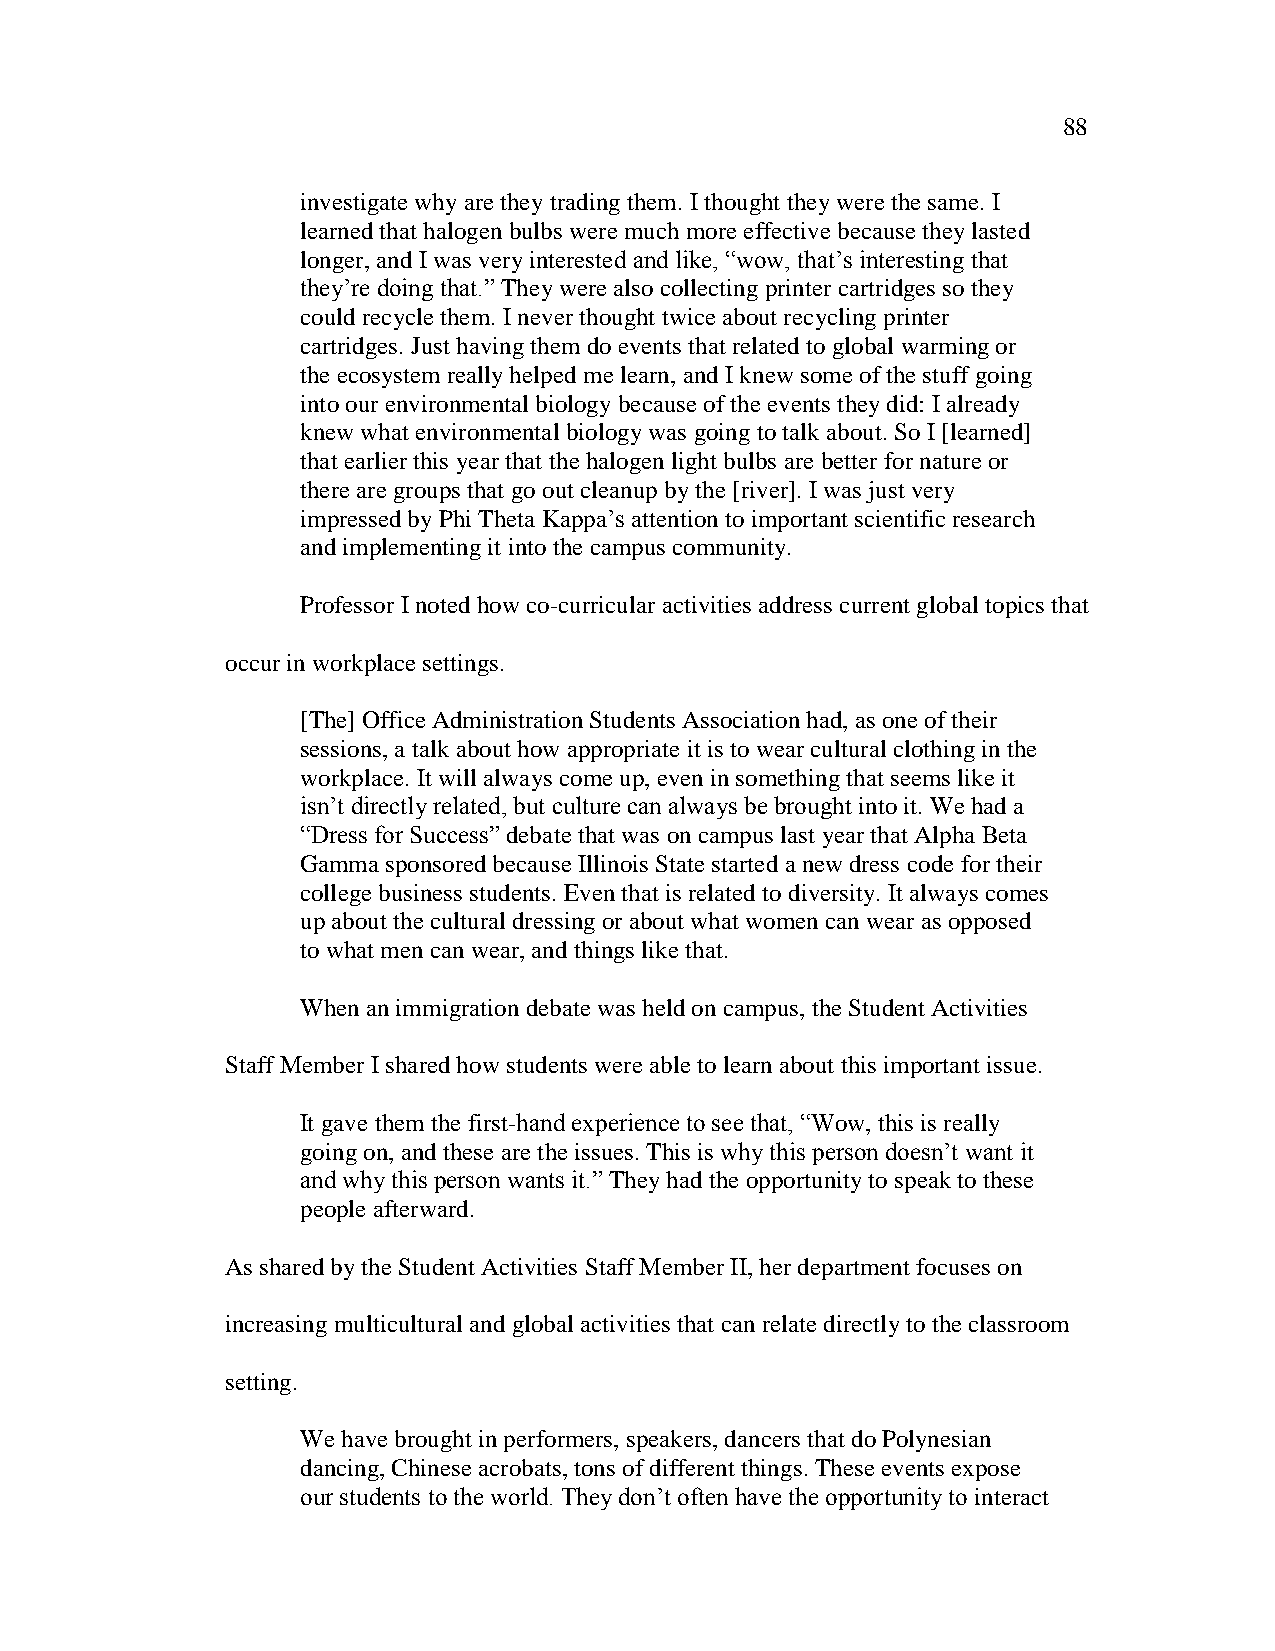
88
 investigate why are they trading them. I thought they were the same. I
 learned that halogen bulbs were much more effective because they lasted
 longer, and I was very interested and like, ―wow, that‘s interesting that
 they‘re doing that.‖ They were also collecting printer cartridges so they
 could recycle them. I never thought twice about recycling printer
 cartridges. Just having them do events that related to global warming or
 the ecosystem really helped me learn, and I knew some of the stuff going
 into our environmental biology because of the events they did: I already
 knew what environmental biology was going to talk about. So I [learned]
 that earlier this year that the halogen light bulbs are better for nature or
 there are groups that go out cleanup by the [river]. I was just very
 impressed by Phi Theta Kappa‘s attention to important scientific research
 and implementing it into the campus community.
 Professor I noted how co-curricular activities address current global topics that
 occur in workplace settings.
 [The] Office Administration Students Association had, as one of their
 sessions, a talk about how appropriate it is to wear cultural clothing in the
 workplace. It will always come up, even in something that seems like it
 isn‘t directly related, but culture can always be brought into it. We had a
 ―Dress for Success‖ debate that was on campus last year that Alpha Beta
 Gamma sponsored because Illinois State started a new dress code for their
 college business students. Even that is related to diversity. It always comes
 up about the cultural dressing or about what women can wear as opposed
 to what men can wear, and things like that.
 When an immigration debate was held on campus, the Student Activities
 Staff Member I shared how students were able to learn about this important issue.
 It gave them the first-hand experience to see that, ―Wow, this is really
 going on, and these are the issues. This is why this person doesn‘t want it
 and why this person wants it.‖ They had the opportunity to speak to these
 people afterward.
 As shared by the Student Activities Staff Member II, her department focuses on
 increasing multicultural and global activities that can relate directly to the classroom
 setting.
 We have brought in performers, speakers, dancers that do Polynesian
 dancing, Chinese acrobats, tons of different things. These events expose
 our students to the world. They don‘t often have the opportunity to interact